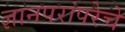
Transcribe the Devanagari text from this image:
ज्ञानपरांपरेचे